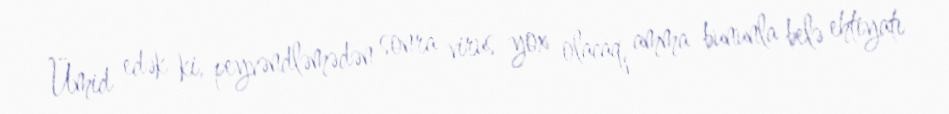
Ümid edək ki, peyvəndləmədən sonra virus yox olacaq, amma bununla belə ehtiyatı